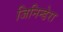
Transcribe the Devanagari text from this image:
जिनिन्डेरा